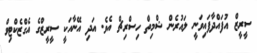
ސީރީޒް އުފައްދާފައިވަނީ ލައުރެން ޝްމިތް ހިސްރިޗް އެވެ. އަދި އޭނާއަކީ ސީރީޒްގެ އެގްޒެކްޓިވް